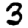
Digit: 3